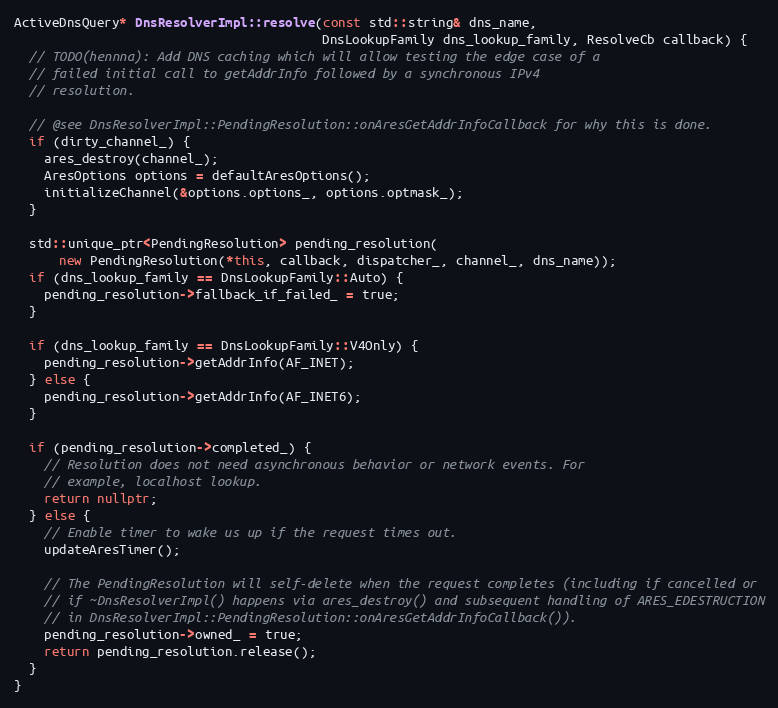
Language: C++
ActiveDnsQuery* DnsResolverImpl::resolve(const std::string& dns_name,
                                         DnsLookupFamily dns_lookup_family, ResolveCb callback) {
  // TODO(hennna): Add DNS caching which will allow testing the edge case of a
  // failed initial call to getAddrInfo followed by a synchronous IPv4
  // resolution.

  // @see DnsResolverImpl::PendingResolution::onAresGetAddrInfoCallback for why this is done.
  if (dirty_channel_) {
    ares_destroy(channel_);
    AresOptions options = defaultAresOptions();
    initializeChannel(&options.options_, options.optmask_);
  }

  std::unique_ptr<PendingResolution> pending_resolution(
      new PendingResolution(*this, callback, dispatcher_, channel_, dns_name));
  if (dns_lookup_family == DnsLookupFamily::Auto) {
    pending_resolution->fallback_if_failed_ = true;
  }

  if (dns_lookup_family == DnsLookupFamily::V4Only) {
    pending_resolution->getAddrInfo(AF_INET);
  } else {
    pending_resolution->getAddrInfo(AF_INET6);
  }

  if (pending_resolution->completed_) {
    // Resolution does not need asynchronous behavior or network events. For
    // example, localhost lookup.
    return nullptr;
  } else {
    // Enable timer to wake us up if the request times out.
    updateAresTimer();

    // The PendingResolution will self-delete when the request completes (including if cancelled or
    // if ~DnsResolverImpl() happens via ares_destroy() and subsequent handling of ARES_EDESTRUCTION
    // in DnsResolverImpl::PendingResolution::onAresGetAddrInfoCallback()).
    pending_resolution->owned_ = true;
    return pending_resolution.release();
  }
}